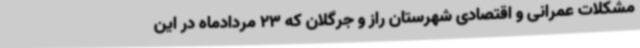
مشکلات عمرانی و اقتصادی شهرستان راز و جرگلان که 23 مردادماه در این